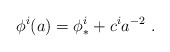
\begin{align*} \phi^i (a) = \phi^i_{*} + c^i a^{-2} \ .\end{align*}